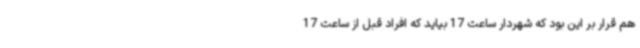
هم قرار بر این بود که شهردار ساعت 17 بیاید که افراد قبل از ساعت 17